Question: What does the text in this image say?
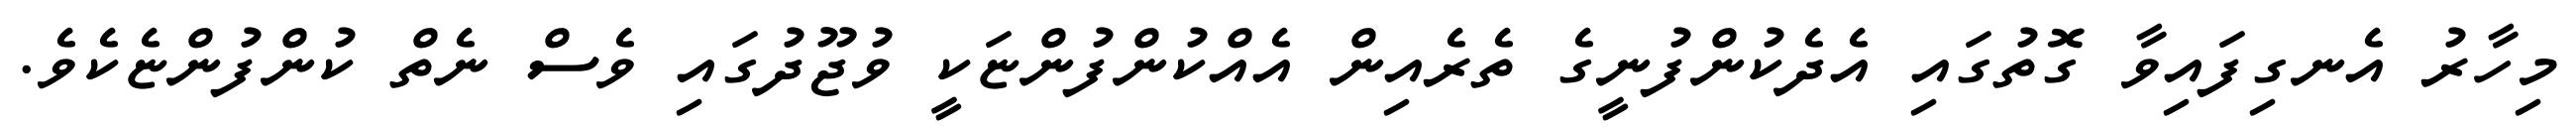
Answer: މިހާރު އެނގިފައިވާ ގޮތުގައި އެދެކުންފުނީގެ ތެރެއިން އެއްކުންފުންޏަކީ ވުޖޫދުގައި ވެސް ނެތް ކުންފުންޏެކެވެ.